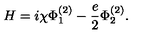
H = i \chi \Phi _ { 1 } ^ { ( 2 ) } - \frac { e } { 2 } \Phi _ { 2 } ^ { ( 2 ) } .